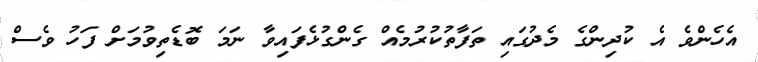
އެހެންވެ އެ ކުދިންގެ މެދުގައި ތަފާތުކުރުމެއް ގެންގުޅެފައިވާ ނަމަ ބޮޑެތިވުމަށް ފަހު ވެސް